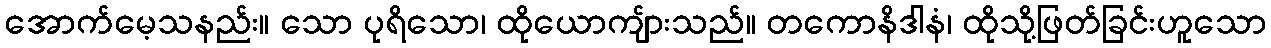
အောက်မေ့သနည်း။ သော ပုရိသော၊ ထိုယောကျ်ားသည်။ တကောနိဒါနံ၊ ထိုသို့ဖြတ်ခြင်းဟူသော